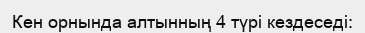
Кен орнында алтынның 4 түрі кездеседі: